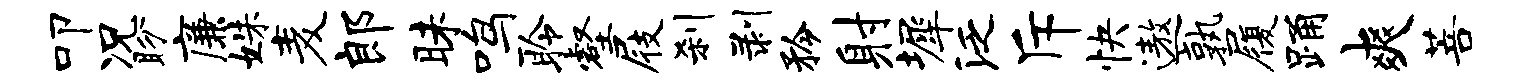
叩况盼廉姝麦郎昧鸣聆壑屐刹剥矜射墀泛斥快遨孰履踊爽菩